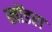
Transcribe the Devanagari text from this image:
खोंडरा